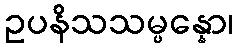
ဥပနိသသမ္ပန္နော၊